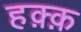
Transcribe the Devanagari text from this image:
हक़्क़